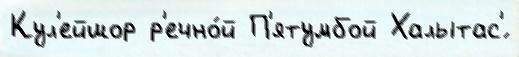
Кул'ейшор р'ечно́й П'ятумбой Халытас'́